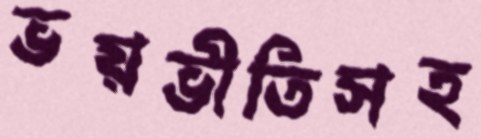
ভয়ভীতিসহ